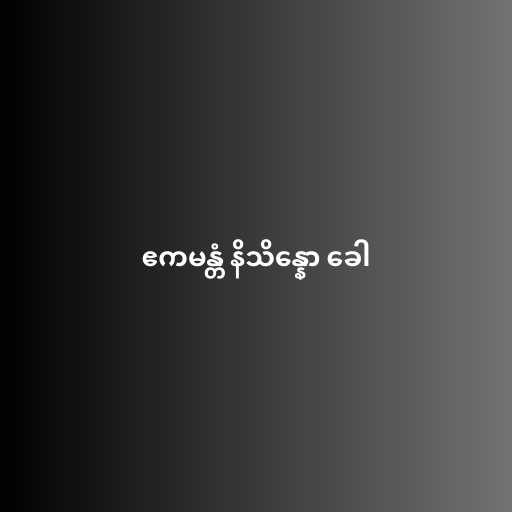
ဧကမန္တံ နိသိန္နော ခေါ